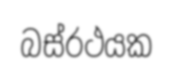
බස්රථයක